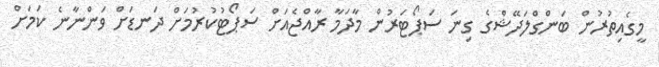
މީގެއިތުރުން ބަންގްލަދޭޝްގެ ގިނަ ސަޕޯޓަރުން މާދަމާ ރާއްޖެއަށް ސަޕޯޓުކުރުމަށް ދަނޑަށް ވަންނާނެ ކަމަށް